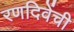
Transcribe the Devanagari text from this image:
रणदिवेंची